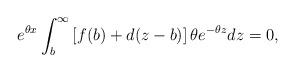
LaTeX: \begin{align*}e^{\theta x}\int_b^\infty\left[f(b)+d(z-b)\right]\theta e^{-\theta z}dz=0 ,\end{align*}